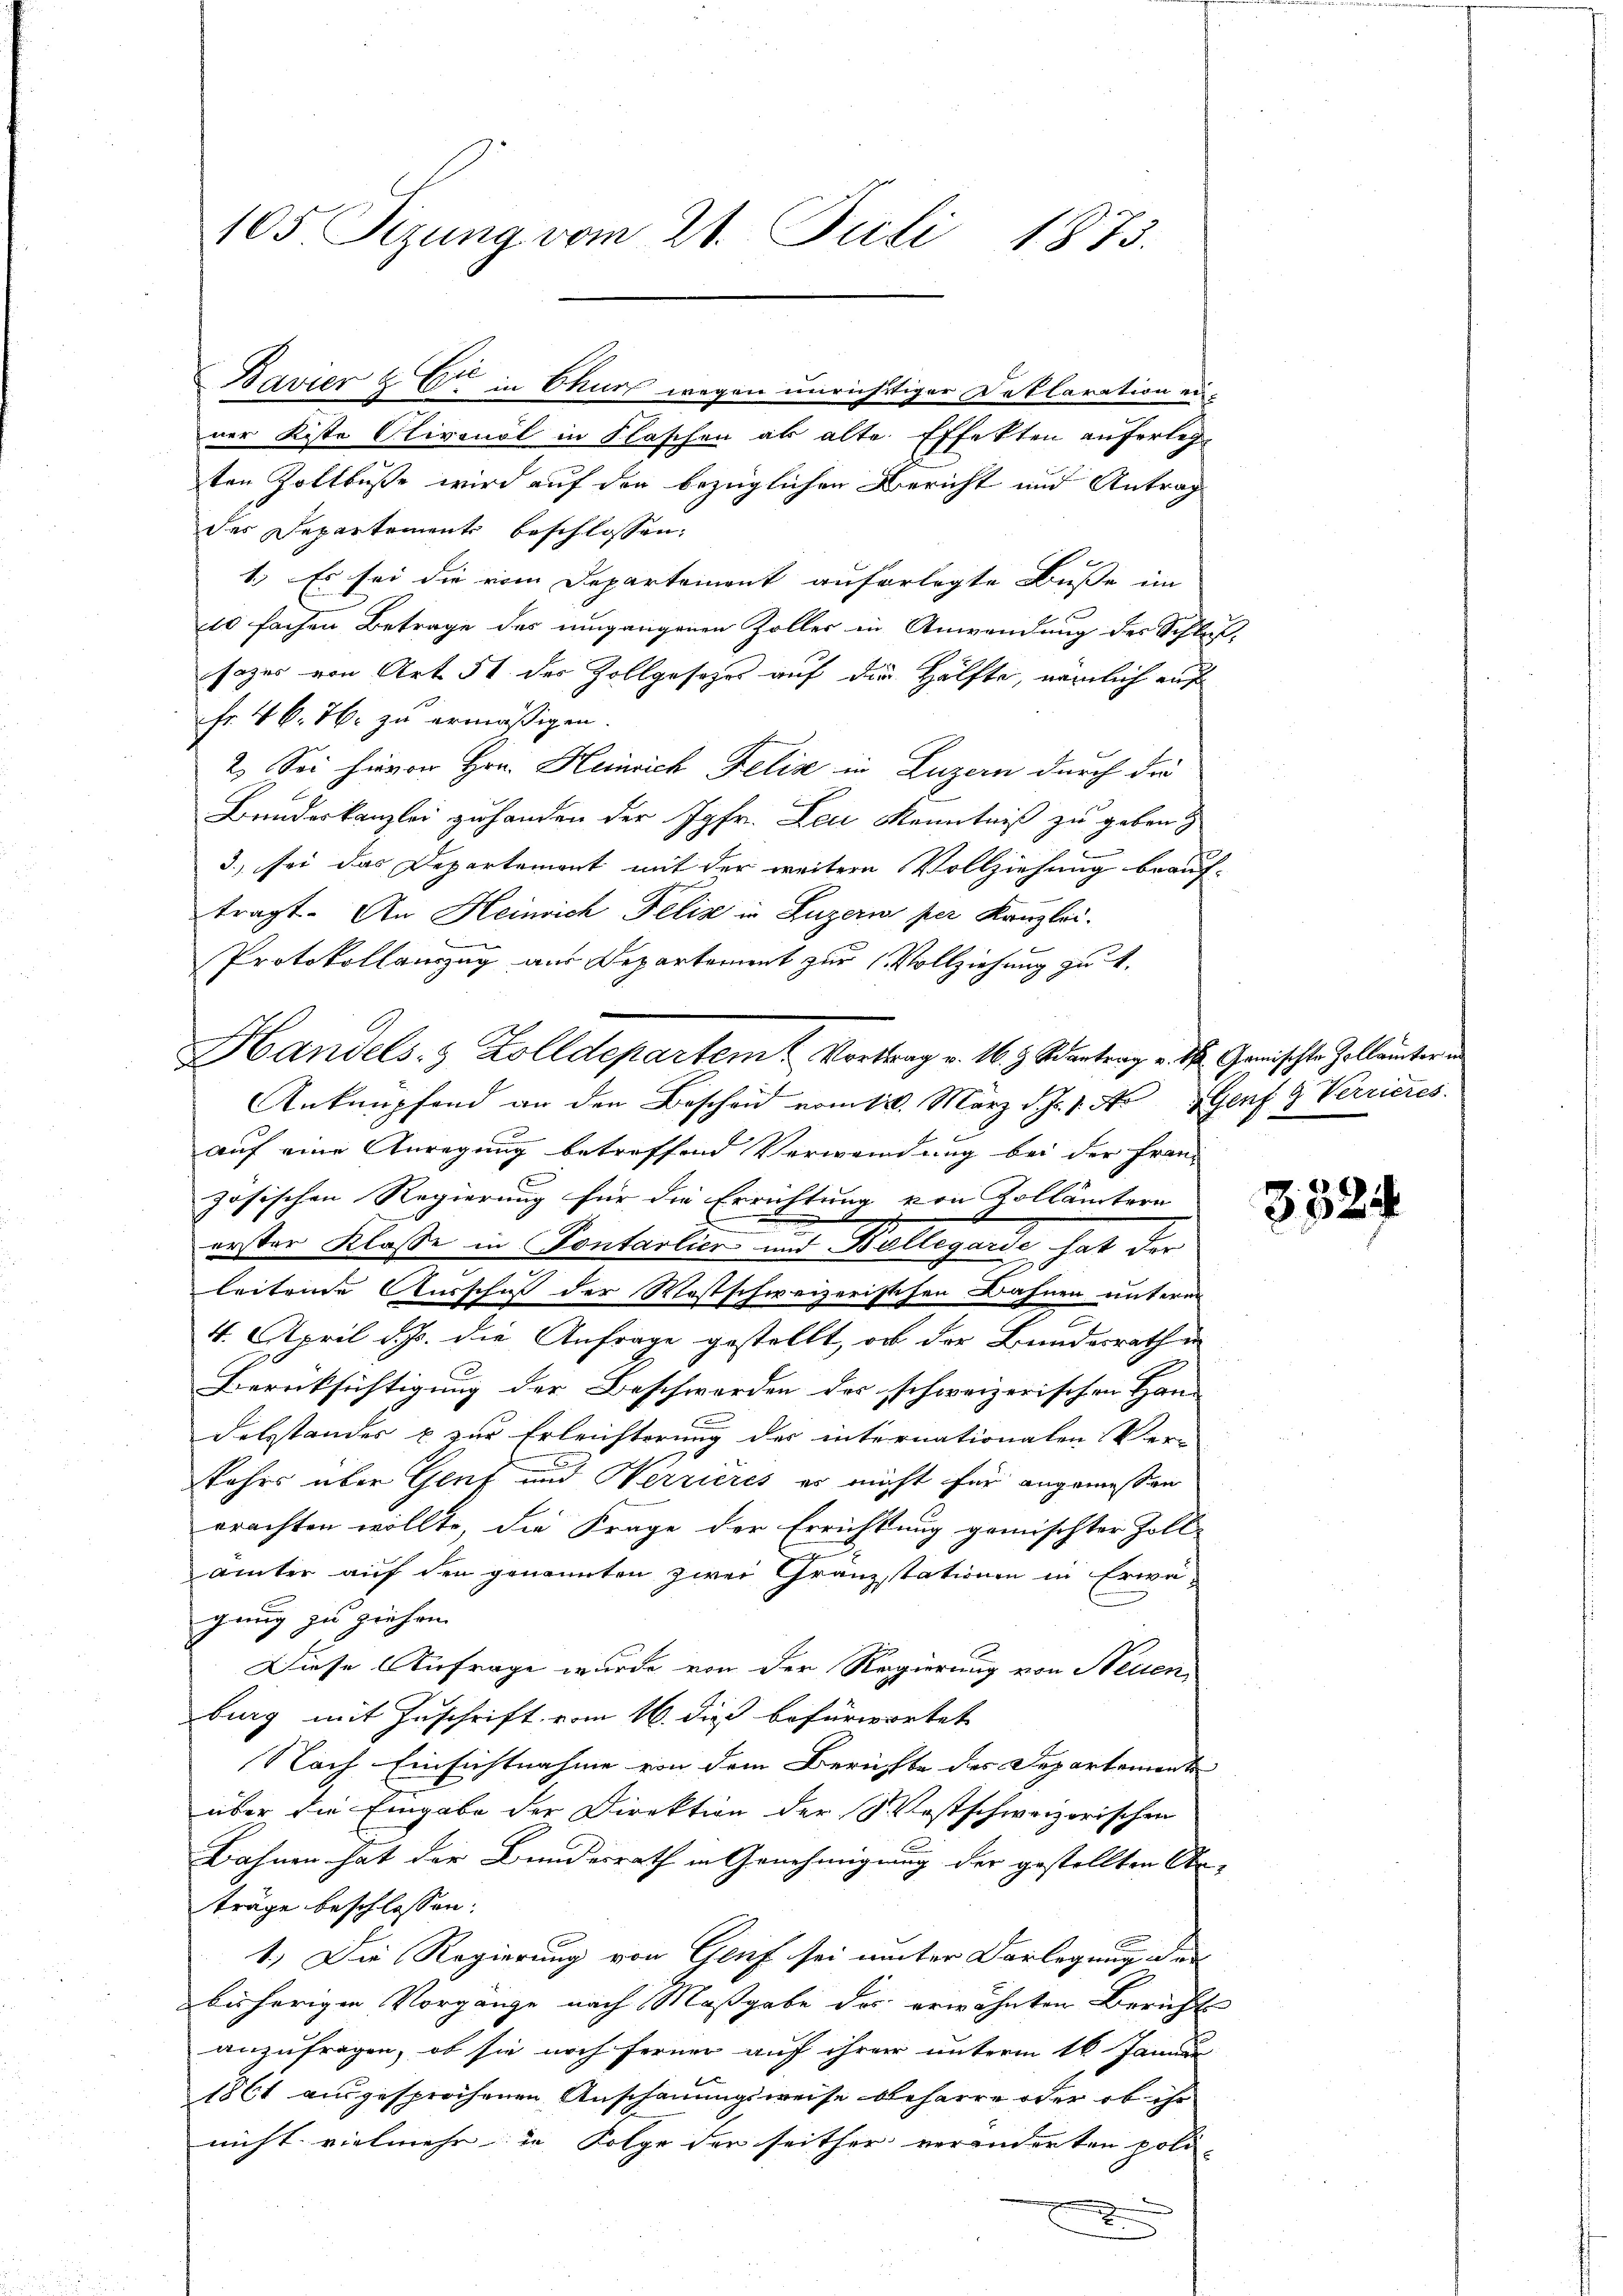
105 Tizung vom 21. Juli 1873.

ner Kiste Olivonol in Flaschen als alte Effekten auferlegten Zoltbuße wird auf den bezüglichen Bericht und Antrag
des Departements beschlossen:
1.) Es sei die vom Departement auferlegte Busse im
ts fachen Betrage des umgangenen Zoller in Anwendung des Schluß,
sages von Art. 51 des Zollgesezes auf die Hälfte, nämlich auf
Fr. 46. 76. zu ermäßigen.
2. Sei hievon Hrn. Heinrich Felix in Luzern durch die
Bundeskanzlei zu handen der Jgfr. Leu Kenntniß zu geben.
3.) sei das Departement mit der weitere Vollziehung beauf-
tragt. An Heinrich Felix in Luzern per Kanzlei.
Protokollauszug aus Departement zur Vollziehung zu 4.
Anknüpfend an den Bescheid vom 11. März d. J. 1. No Genf & Verrieres.
auf eine Anregung betreffend Verwendung bei der Franz
zösischen Regierung für die Errichtung von Zollämtern
erster Klasse in Pontalien und Bollegarde hat der
leitende Ausschuß der Wostschweizerischen Bahnen unterm
4. April d. Js. die Anfrage gestellt, ob der Bundesrath in
Berücksichtigung der Beschwerden des schweizerischen Han-
delsstandes & zur Erleichterung der internationalen Ver-
Jahrs über Genf und Werrieres es nicht für angemessen
erachten wollte, die Frage der Errichtung gemischter Zoll-
ämter auf den genannten zwei Granzstationen in Erwägung zu ziehen.
Diese Anfrage wurde von der Regierung von Neuen
burg mit Zuschrift vom 16. dieß befürwortet
Nach Einsichtnahme von dem Berichte des Departement
über die Eingabe der Direktion der Westschweizerischen
Bahnen hat der Bundesrath in Genehmigung der gestellten Ar-
träge beschlossen:
E
1.) Die Regierung von Gruf sei unter Darlegung der
bisherigen Vorgänge nach Maßgabe des erwähnten Bericht
anzufragen, ob sie noch ferner auf ihrer unterm 16. Janu
1861 ausgesprochenen Anschauungsweise beharre oder ob ihr
nicht vielmehr in Folge der seither veränderten poli-
2

Bavier & Cie in Chur wegen unrichtiger Deklaration ei¬

Handels- & Zolldepartem t Vortrag v. 16. z. Santrag v. M. Genischte Zollämter

3324